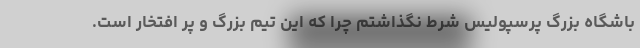
باشگاه بزرگ پرسپولیس شرط نگذاشتم چرا که این تیم بزرگ و پر افتخار است.